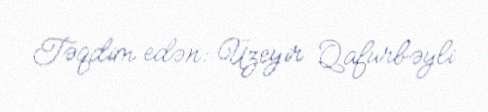
Təqdim edən: Üzeyir Qafurbəyli